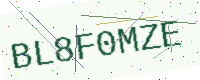
Text: BL8F0MZE